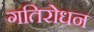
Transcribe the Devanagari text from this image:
गतिरोधन